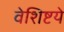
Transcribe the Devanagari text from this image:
वेशिष्टये